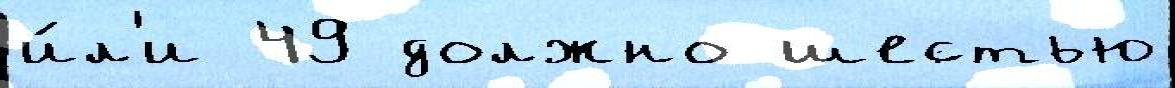
и́л'и 49 должно шестью